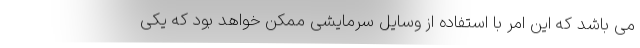
می باشد که این امر با استفاده از وسایل سرمایشی ممکن خواهد بود که یکی